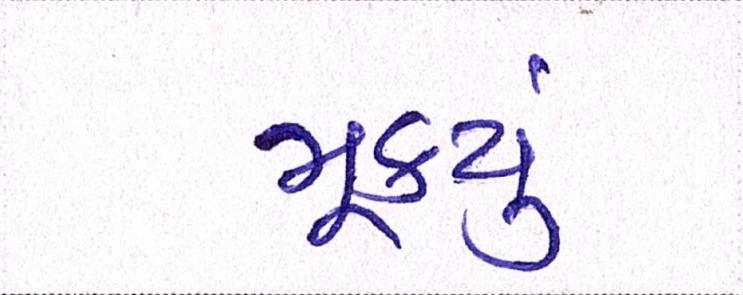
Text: મૂક્યું